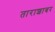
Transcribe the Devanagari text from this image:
ताराशाबर